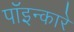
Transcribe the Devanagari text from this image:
पॉइन्कारे